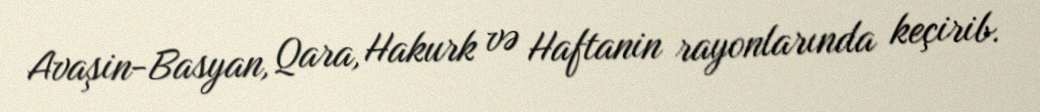
Avaşin-Basyan, Qara, Hakurk və Haftanin rayonlarında keçirib.